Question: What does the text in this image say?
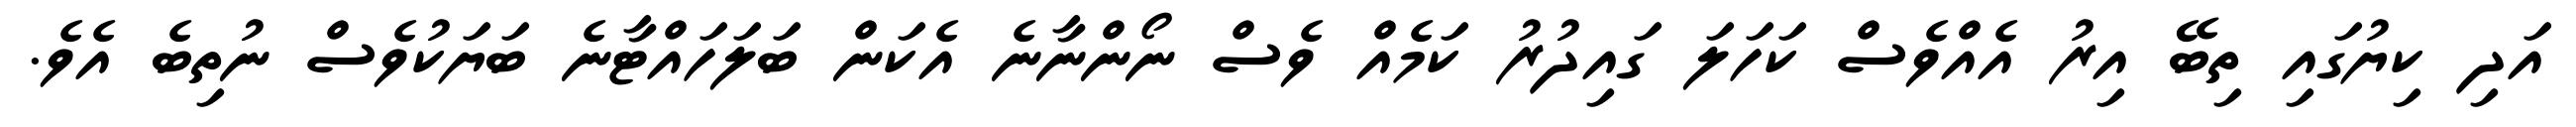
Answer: އަދި ކިޔުގައި ތިބޭ އިރު އެއްވެސް ކަހަލަ ގައިދުރު ކަމެއް ވެސް ނޯންނާނެ އެކަން ބަލަހައްޓާނެ ބަޔަކުވެސް ނުތިބެ އެވެ.